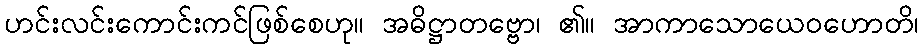
ဟင်းလင်းကောင်းကင်ဖြစ်စေဟု။ အဓိဋ္ဌာတဗ္ဗော၊ ၏။ အာကာသောယေဝဟောတိ၊